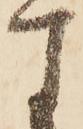
す